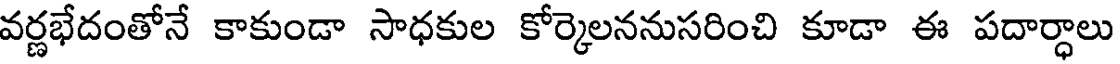
వర్ణభేదంతోనే కాకుండా సాధకుల కోర్కెలననుసరించి కూడా ఈ పదార్ధాలు